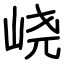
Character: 峣